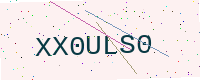
Text: XX0ULS0